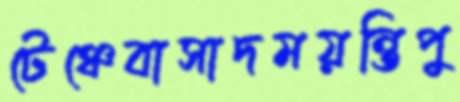
টেঞ্চেবাসাদময়ন্তিপু